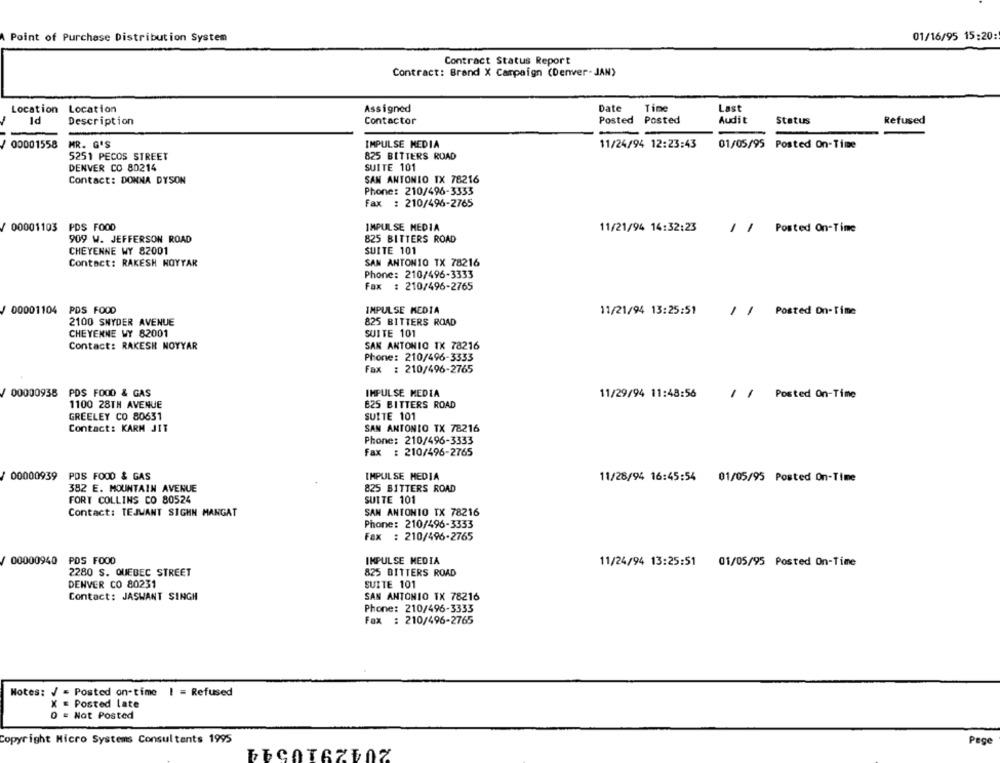
Point of Purchase Distribution System
01/16/95 15:20:
Contract Status Report
Contract: Brand X Campaign (Denver- JAN)
Assigned
Date
Tine
Last
Location Location
-
Id
Description
Contactor
Posted Posted
Audit
Status
Refused
-
00001558
MR. G'S
IMPULSE MEDIA
11/24/94 12:23:43
01/05/95 Posted On-Time
5251 PECOS STREET
825 BITTERS ROAD
DENVER CO 80214
SUITE 101
Contact: DONNA DYSON
SAN ANTONIO TX 78216
Phone: 210/496-3333
Fax : 210/496-2765
00001103 PDS FOOD
IMPULSE MEDIA
11/21/94 14:32:23
/ / Posted On-Time
909 W. JEFFERSON ROAD
825 BITTERS ROAD
CHEYENNE WY 82001
SUITE 101
Contact: RAKESH HOYYAR
SAN ANTONIO TX 78216
Phone: 210/496-3333
Fax : 210/496-2765
00001104 PDS FOOD
IMPULSE MEDIA
11/21/94 13:25:51
/ / Posted On-Time
2100 SNYDER AVENUE
825 BITTERS ROAD
CHEYENNE WY 82001
SUITE 101
Contact: RAKESH NOYYAR
SAN ANTONIO TX 78216
Phone: 210/496-3333
Fax : 210/496-2765
00000938
PDS FOOD & GAS
IMPULSE MEDIA
11/29/94 11:48:56
11
Posted On-Time
1100 28TH AVENUE
E25 BITTERS ROAD
GREELEY CO 80631
SUITE 101
SAN ANTONIO TX 78216
Contact: KARM JIT
Phone: 210/496-3333
Fax : 210/496-2765
00000939
POS FOOD & GAS
IMPULSE MEDIA
11/28/94 16:45:54 01/05/95 Posted On-Time
382 E. MOUNTAIN AVENUE
825 BITTERS ROAD
FORT COLLINS CO 80524
SUITE 101
Contact: TEJWANT SIGHN MANGAT
SAN ANTONIO TX 78216
Phone: 210/496-3333
Fax : 210/496-2765
00000940
PDS FOOD
IMPULSE MEDIA
11/24/94 13:25:51
01/05/95 Posted On-Time
2280 S. QUEBEC STREET
825 BITTERS ROAD
DENVER CO 80231
SUITE 101
Contact: JASWANT SINGH
SAN ANTONIO TX 78216
Phone: 210/496-3333
Fax : 210/496-2765
Notes: / = Posted on-time ! = Refused
K = Posted late
O = Not Posted
copyright Micro Systems Consultants 1995
Page